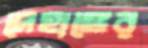
দেহাঙ্গের